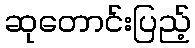
ဆုတောင်းပြည့်